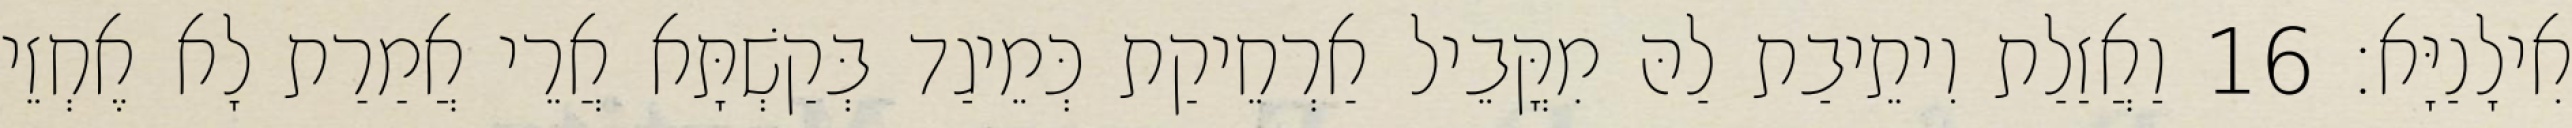
אִילָנַיָּא׃ 16 וַאֲזַלַת וִיתֵיבַת לַהּ מִקֳּבֵיל אַרְחֵיקַת כְּמֵיגַד בְּקַשְׁתָּא אֲרֵי אֲמַרַת לָא אֶחְזֵי